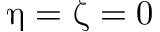
\upeta = \upzeta = 0